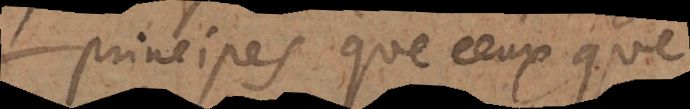
principes que ceux que